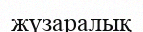
жүзаралық